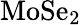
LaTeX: \mathrm{MoSe_{2}}